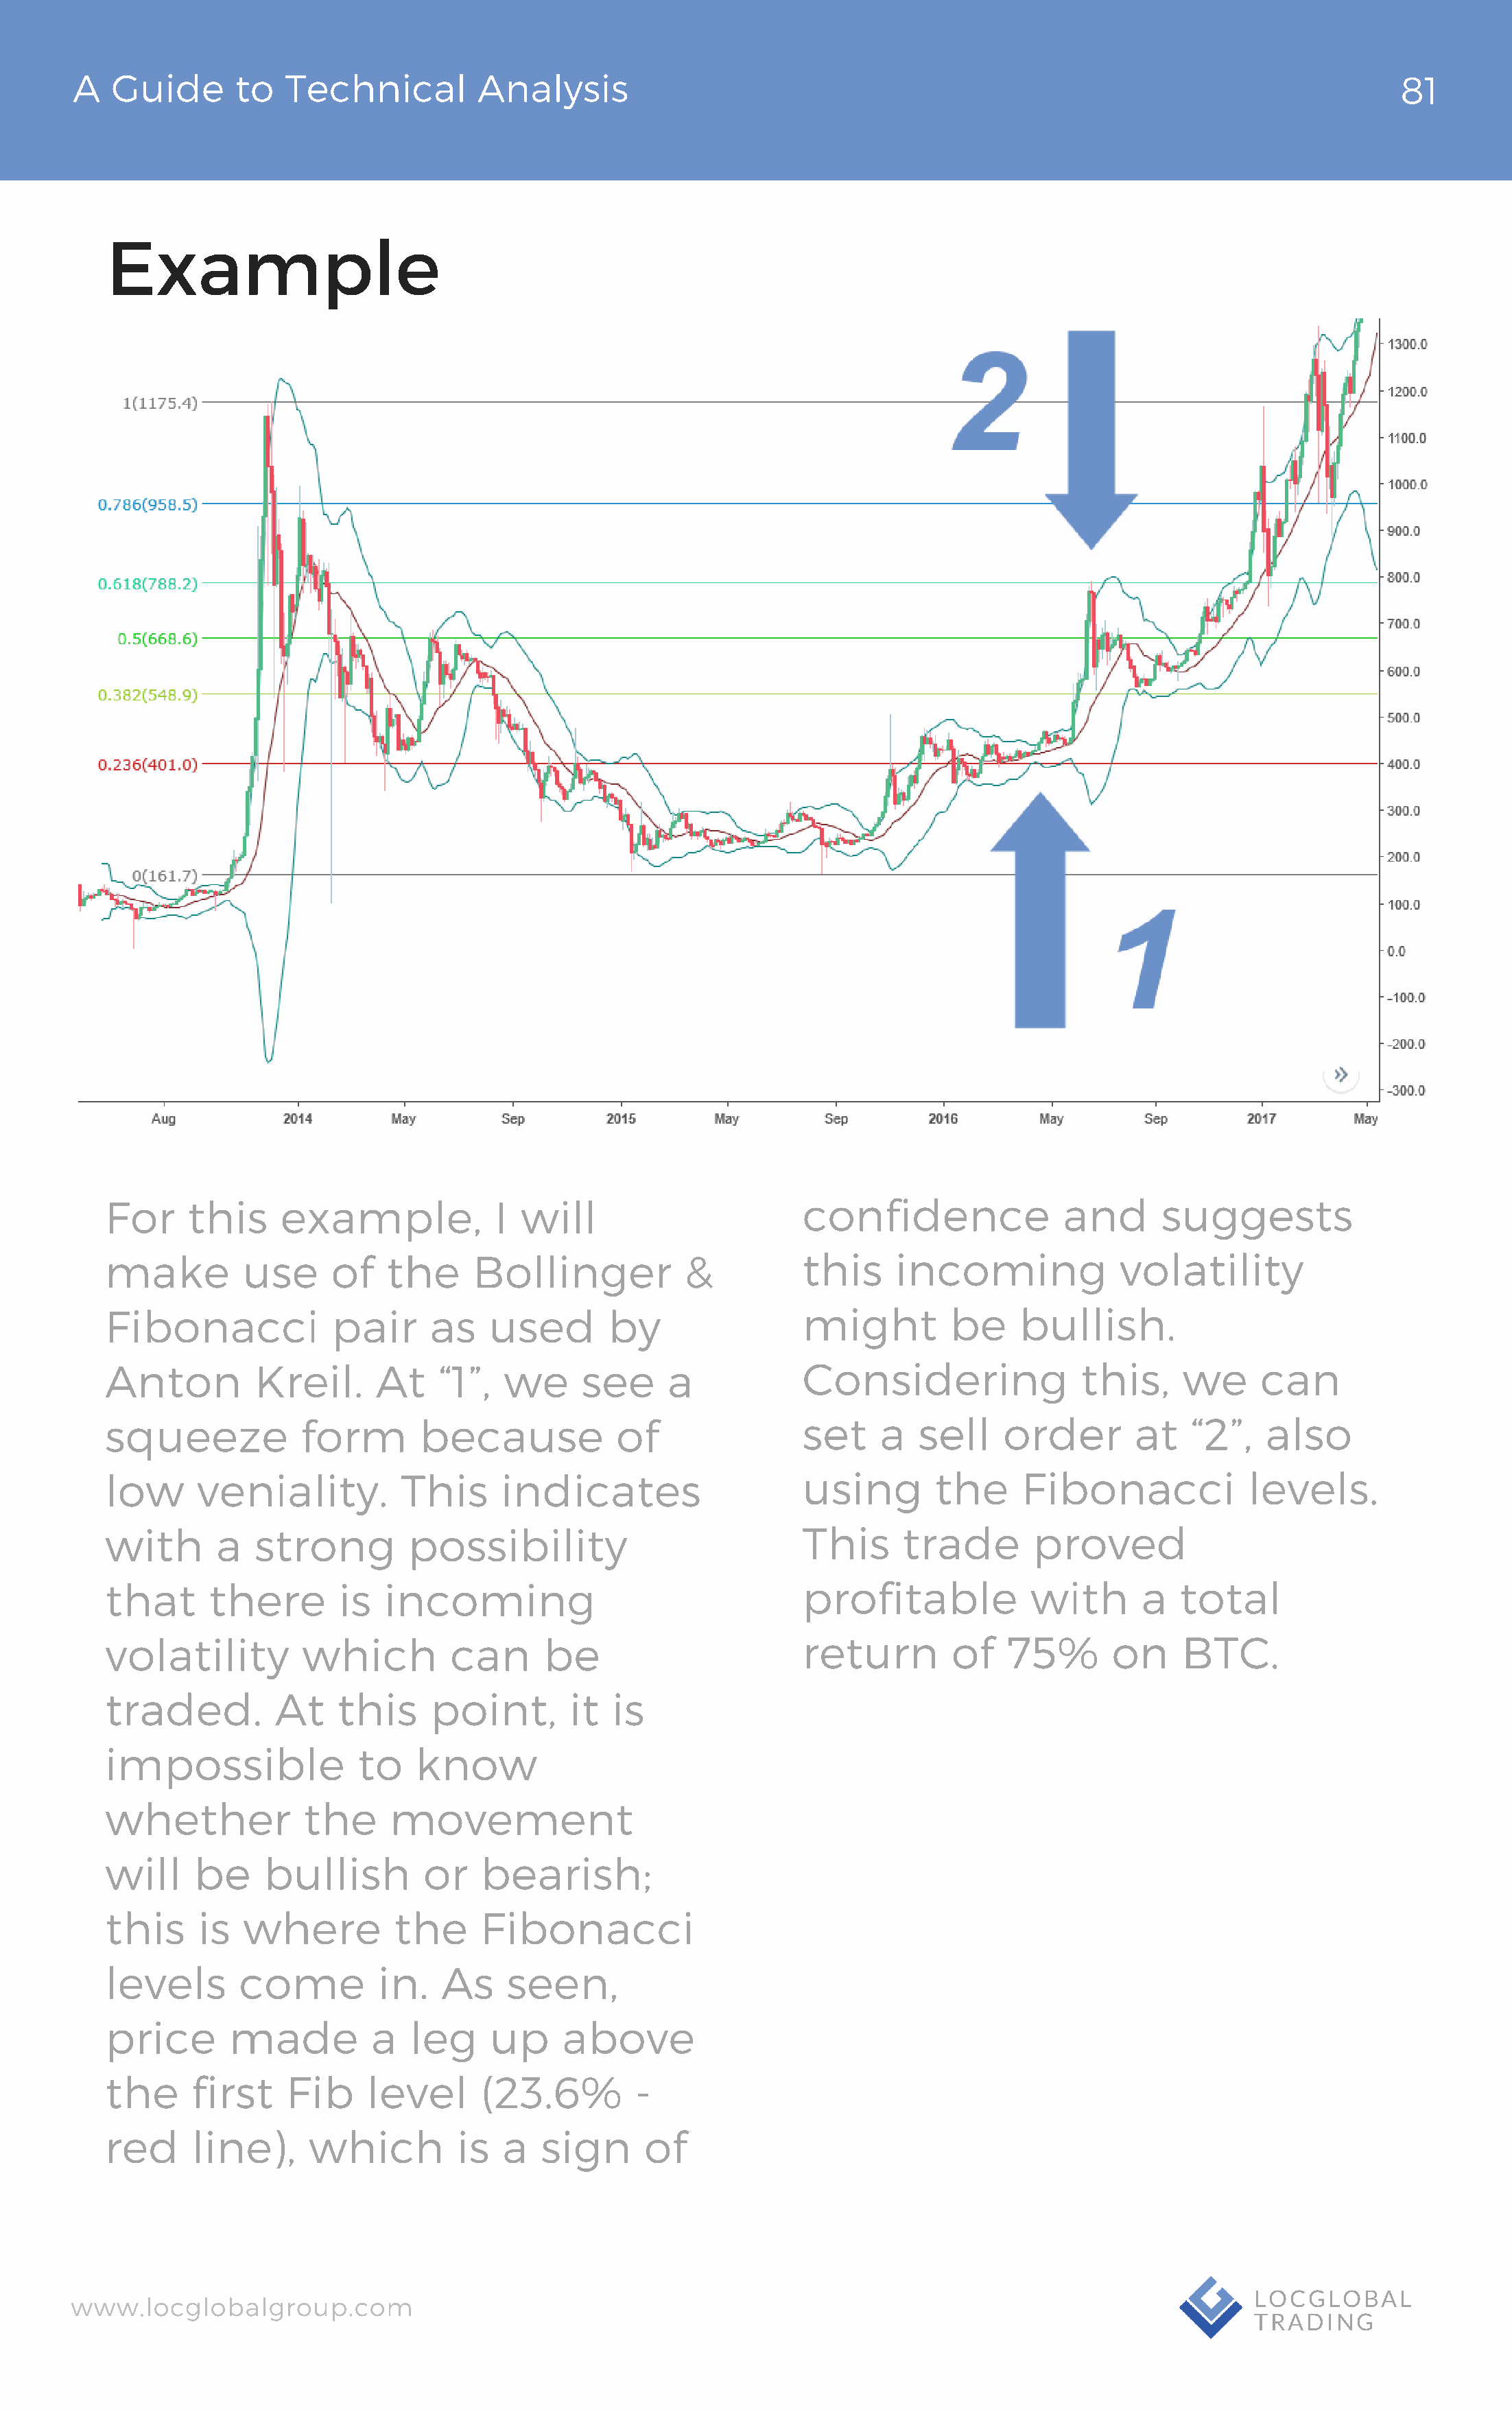
A   Guide       to  Technical          Analysis                                                                                 81
 Example
 For     this     example,             I will                       confidence                and      suggests
 make         use      of   the      Bollinger           &          this     incoming              volatility
 Fibonacci             pair     as    used        by                might          be    bullish.
 Anton          Kreil.     At    “1”,   we     see     a            Considering                this,     we      can
 squeeze            form       because            of                set     a   sell    order       at    “2”,   also
 low      veniality.          This     indicates                    using        the      Fibonacci            levels.
 with       a   strong        possibility                           This      trade        proved
 that      there        is  incoming                                profitable            with       a   total
 volatility         which         can      be                       return         of   75%       on     BTC.
 traded.          At    this     point,       it  is
 impossible              to    know
 whether            the      movement
 will     be    bullish         or   bearish;
 this     is  where          the     Fibonacci
 levels       come         in.    As    seen,
 price       made          a   leg    up     above
 the     first     Fib    level      (23.6%         -
 red     line),      which         is  a   sign      of
 www.locglobalgroup.com                                                                                            LOCGLOBAL
 TRADING